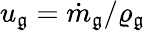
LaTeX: u_{\mathfrak{g}}=\dot{{m}}_{\mathfrak{g}}/\varrho_{\mathfrak{g}}